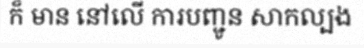
ក៏ មាន នៅលើ ការបញ្ជូន សាកល្បង